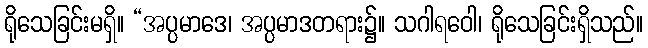
ရိုသေခြင်းမရှိ။ “အပ္ပမာဒေ၊ အပ္ပမာဒတရား၌။ သဂါရဝေါ၊ ရိုသေခြင်းရှိသည်။